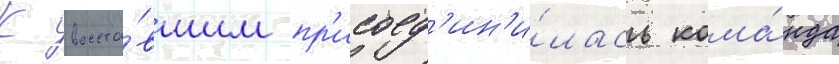
К восста́вшим пр'исоед'ин'и́лась кома́нда